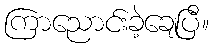
ကြာညောင်းခဲ့ချေပြီ။